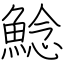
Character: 鯰